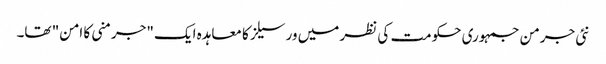
نئی جرمن جمہوری حکومت کی نظر میں ورسیلز کا معاہدہ ایک "جرمنی کا امن" تھا۔